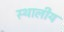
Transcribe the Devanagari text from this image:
स्थालीय